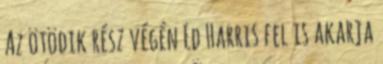
Az ötödik rész végén Ed Harris fel is akarja